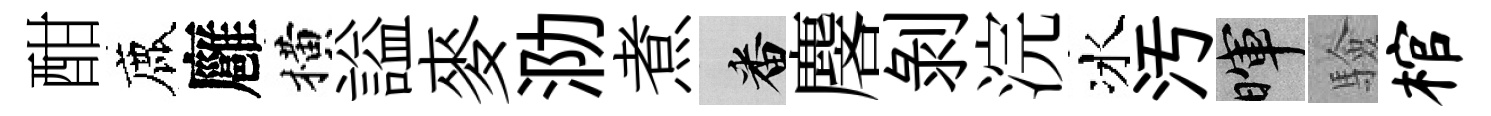
酣鹿廱横謚麥泐煮番麐剝浣冰汚暉驗棺